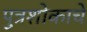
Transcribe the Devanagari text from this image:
पुत्रशोकाचे